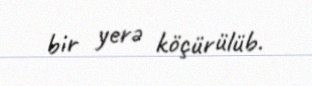
bir yerə köçürülüb.